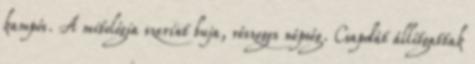
kampós. A mitológia szerint buja, részeges népség. Csapdát állítgattak